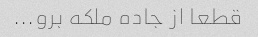
قطعا از جاده ملکه برو...